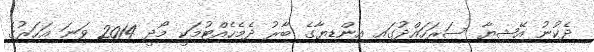
ދެކުނު އޭޝިޔާ ސަރަހައްދުގައި އިންޑިޔާގެ ބާރު ދެމެހެއްޓުމަކީ މޯދީ 2014 ވަނަ އަހަރުގެ